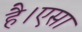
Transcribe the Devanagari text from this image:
है।एसा